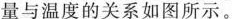
量与温度的关系如图所示。